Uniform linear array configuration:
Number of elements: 16
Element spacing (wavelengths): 0.5
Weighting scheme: hann
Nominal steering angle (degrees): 45
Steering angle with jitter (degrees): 43.204
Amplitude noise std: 0.05
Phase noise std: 0.05

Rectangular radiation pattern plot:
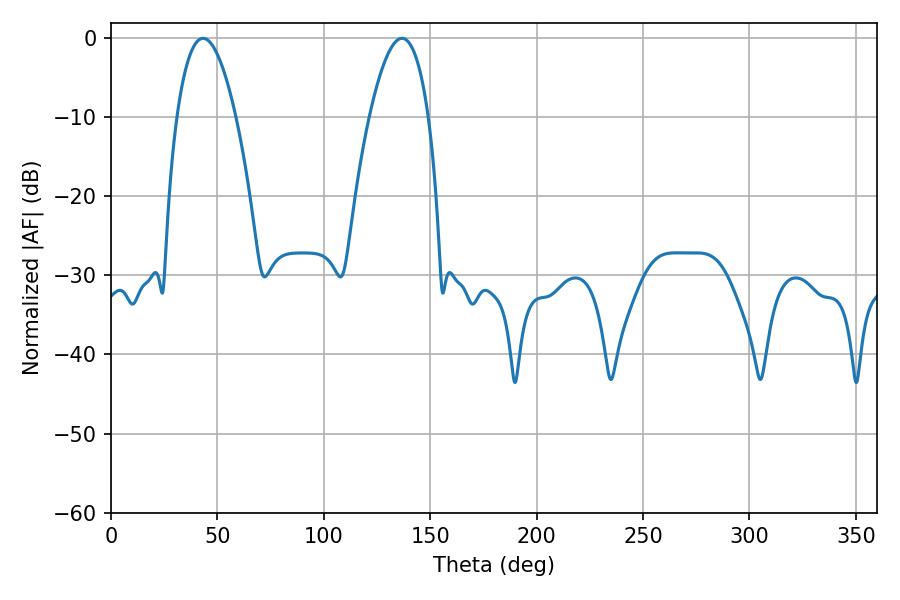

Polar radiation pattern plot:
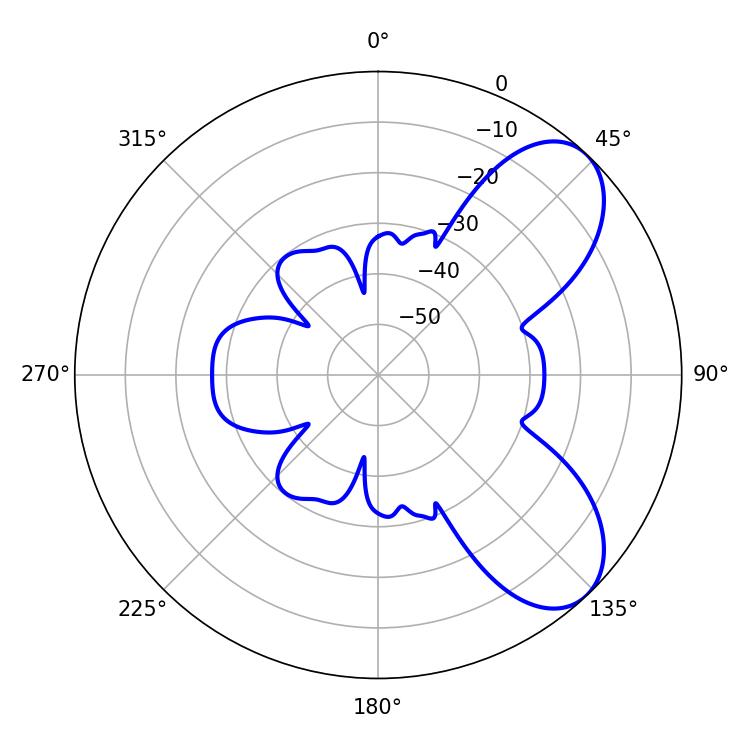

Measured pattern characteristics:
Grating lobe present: FALSE
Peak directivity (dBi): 7.044
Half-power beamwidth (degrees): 15.48
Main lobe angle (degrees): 43.2